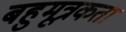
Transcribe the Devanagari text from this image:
बहुमूत्रकता